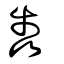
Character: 犇